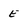
Character: e